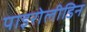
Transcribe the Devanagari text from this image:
पाइरोलीडिन